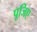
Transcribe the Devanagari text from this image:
पूजिए